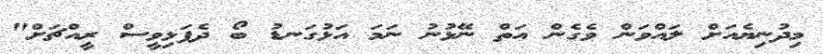
މިދުނިޔެއަށް ލައްވަން ވެގެން އަތް ނޭޅުނު ނަމަ އަޅުގަނޑު ބޯ ދެފަޅިވީސް ރީއްޗަށް"